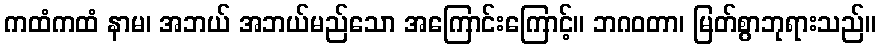
ကထံကထံ နာမ၊ အဘယ် အဘယ်မည်သော အကြောင်းကြောင့်။ ဘဂဝတာ၊ မြတ်စွာဘုရားသည်။